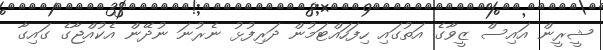
ޝީރީން އައިސް ޒީވާގެ އަތުގައި ހިފަހައްޓަމުން ދަރިފުޅު ނެރުނަ ނުދޭން އެކުއްޖާގެ ގައިގާ